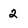
Character: 2